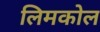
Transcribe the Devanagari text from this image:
लिमकोल